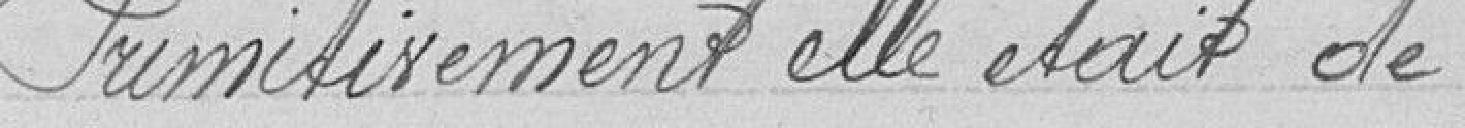
Primitivement elle était de